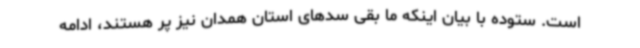
است. ستوده با بیان اینکه ما بقی سدهای استان همدان نیز پر هستند، ادامه